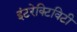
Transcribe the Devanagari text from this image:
इंटरेक्टिविटी